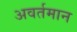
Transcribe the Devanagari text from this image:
अवर्तमान